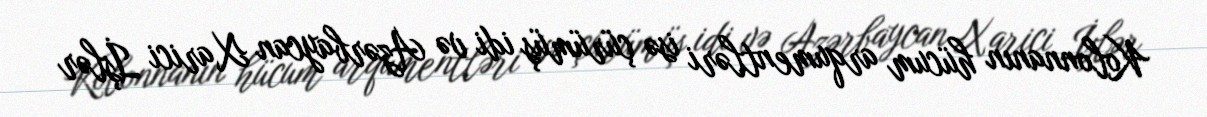
Kolonnanın hücum arqumentləri isə çürümüş idi və Azərbaycan Xarici İşlər